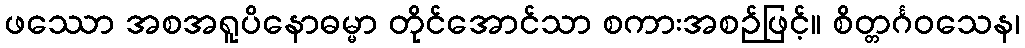
ဖဿော အစအရူပိနောဓမ္မာ တိုင်အောင်သာ စကားအစဉ်ဖြင့်။ စိတ္တင်္ဂဝသေန၊